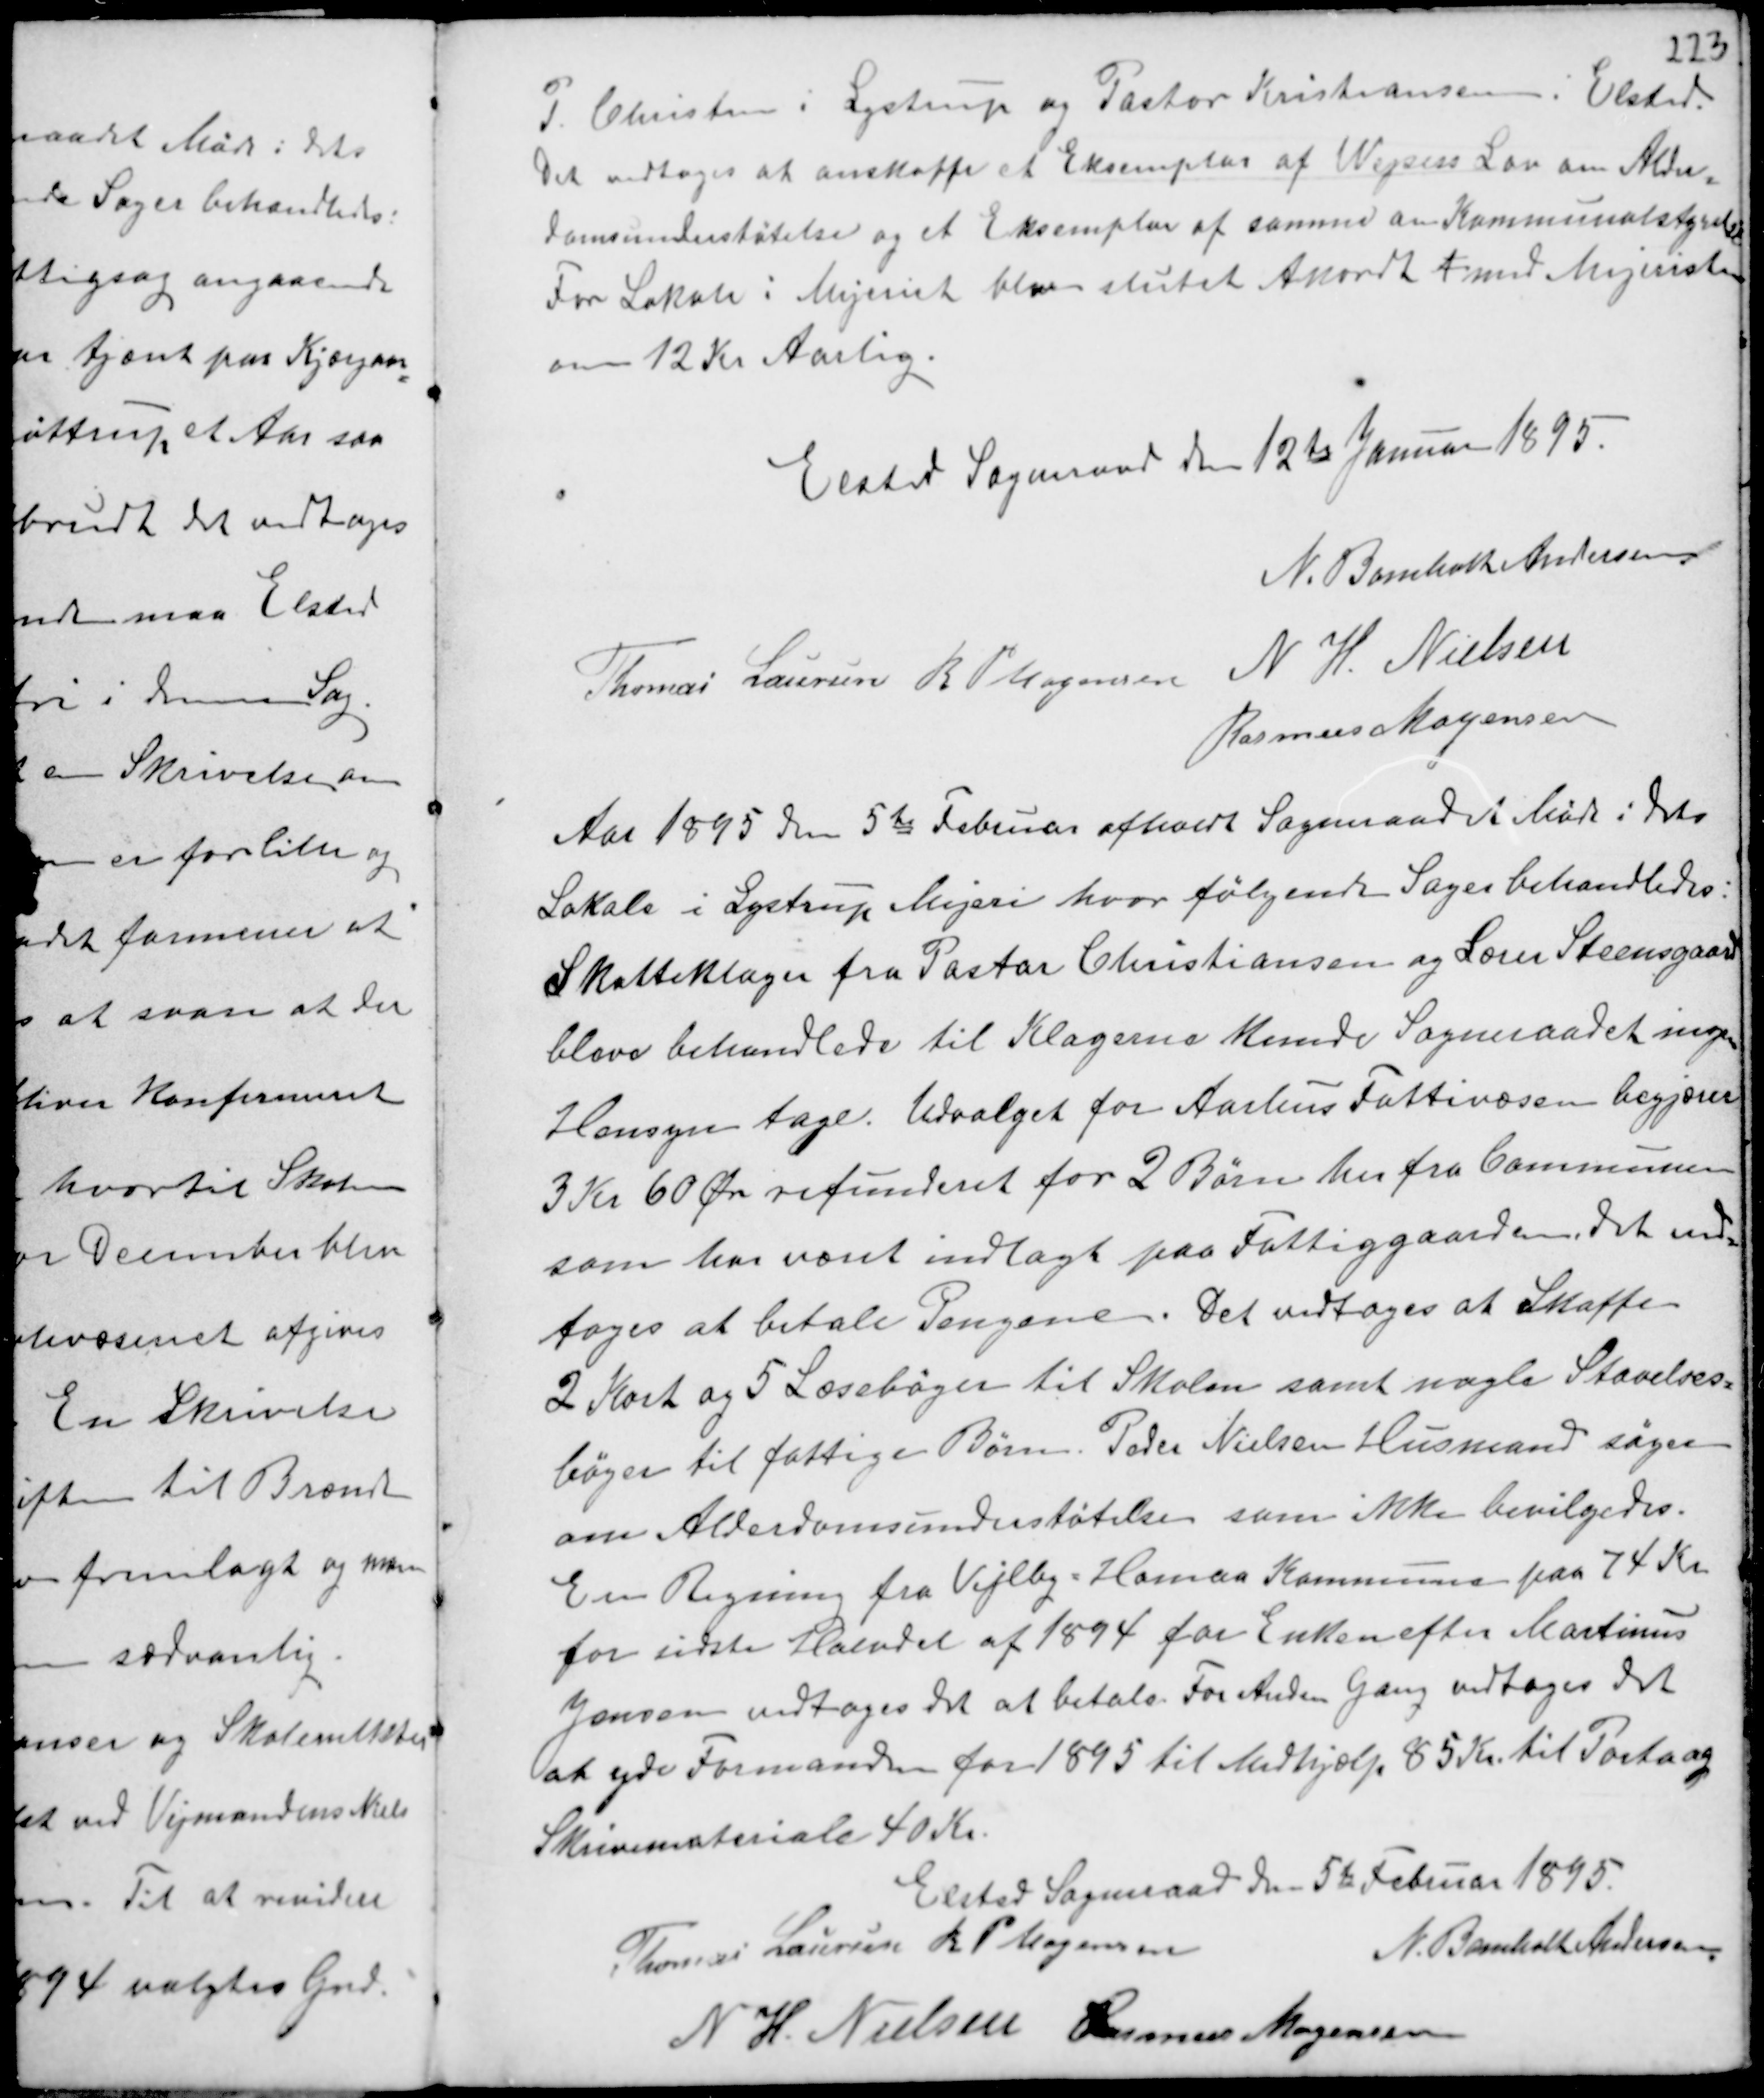
Transskription:
P Christen i Lystrup og Pastor Kristiansen i Elsted.
Det vedtoges at anskaffe et Eksemplar af Wejsess Lov om Alder-
domsunderstøtelse og et Eksemplar af samme om Kommunalstyrelse
For Lokale i Mejeriet blev slutet Akordt A med Mejeristen
om 12 Kr Aarlig.

Elsted Sogneraad den 12te Januar 1895.
N. Bomholt Andersen
Thomas Laursen R P Mogensen N. H. Nielsen
Rasmus Mogensen

Aar 1895 den 5te Februar afholdt Sogneraadet Møde i dets
Lokale i Lystrup Mejeri hvor følgende Sager behandledes:
Skatteklager fra Pastor Christiansen og Lærer Steensgaard
blev behandlede til Klagerne kunde Sogneraadet ingen
Hensyn tage. Udvalget for Aarhus Fattigvæsen begjærer
3 Kr 60 Øre refunderet for 2 Børn her fra Communen
som har været indlagt paa Fattiggaarden. det ved-
toges at betale Pengene. Det vedtoges at Skaffe
2 Kort og 5 Læsebøger til Skolen samt nogle Stavelses-
bøger til fattige Børn. Peder Nielsens Husmand søger
om Alderdomsunderstøttelse som ikke bevilgedes.
En Regning fra Vejlby Homaa - Kommune paa 74 Kr
for sidste Halvdel af 1894 for Enken efter Martinus
Jensen vedtoges det at betale. For Anden Gang vedtoges det
at yde Formanden for 1895 til Medhjælp 85 Kr. til Porto og
Skrivemateriale 40 Kr.

Elsted Sogneraad den 5te Februar 1895.
Thomas Laursen R P Mogensen
N. Bomholt Andersen.
N H. Nielsen
Rasmus Mogensen